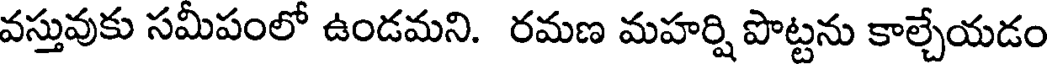
వస్తువుకు సమీపంలో ఉండమని. రమణ మహర్షి పొట్టను కాల్చేయడం